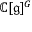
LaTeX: \mathbb { C } [ { \mathfrak { g } } ] ^ { G }